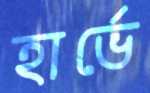
হার্ভে